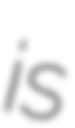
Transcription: is